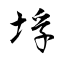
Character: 垺